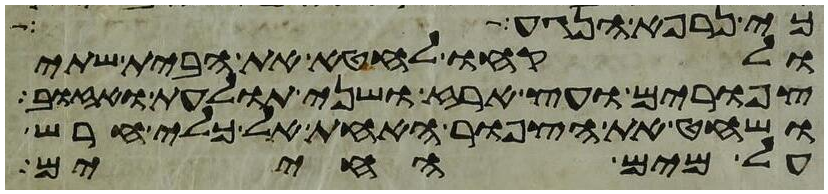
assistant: כי נרפא הנגע
ולקחו לחטא את הבית שתי
צפורים ועץ ארז ושני תולעת ואזוב
ושחט את הצפור האחת אל כלי חרש
על מים החיים